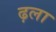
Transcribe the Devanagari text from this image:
ढ़ला